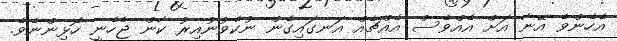
އެހެންވެ އޭނާ އަށް އެއްވެސް އެއްޗެއް އަނގައިގެން ނުކެވުނުއިރު ކާން ޖެހެނީ ހޮޅިންނެވެ.